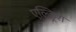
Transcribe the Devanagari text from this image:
एल्ड्रिश